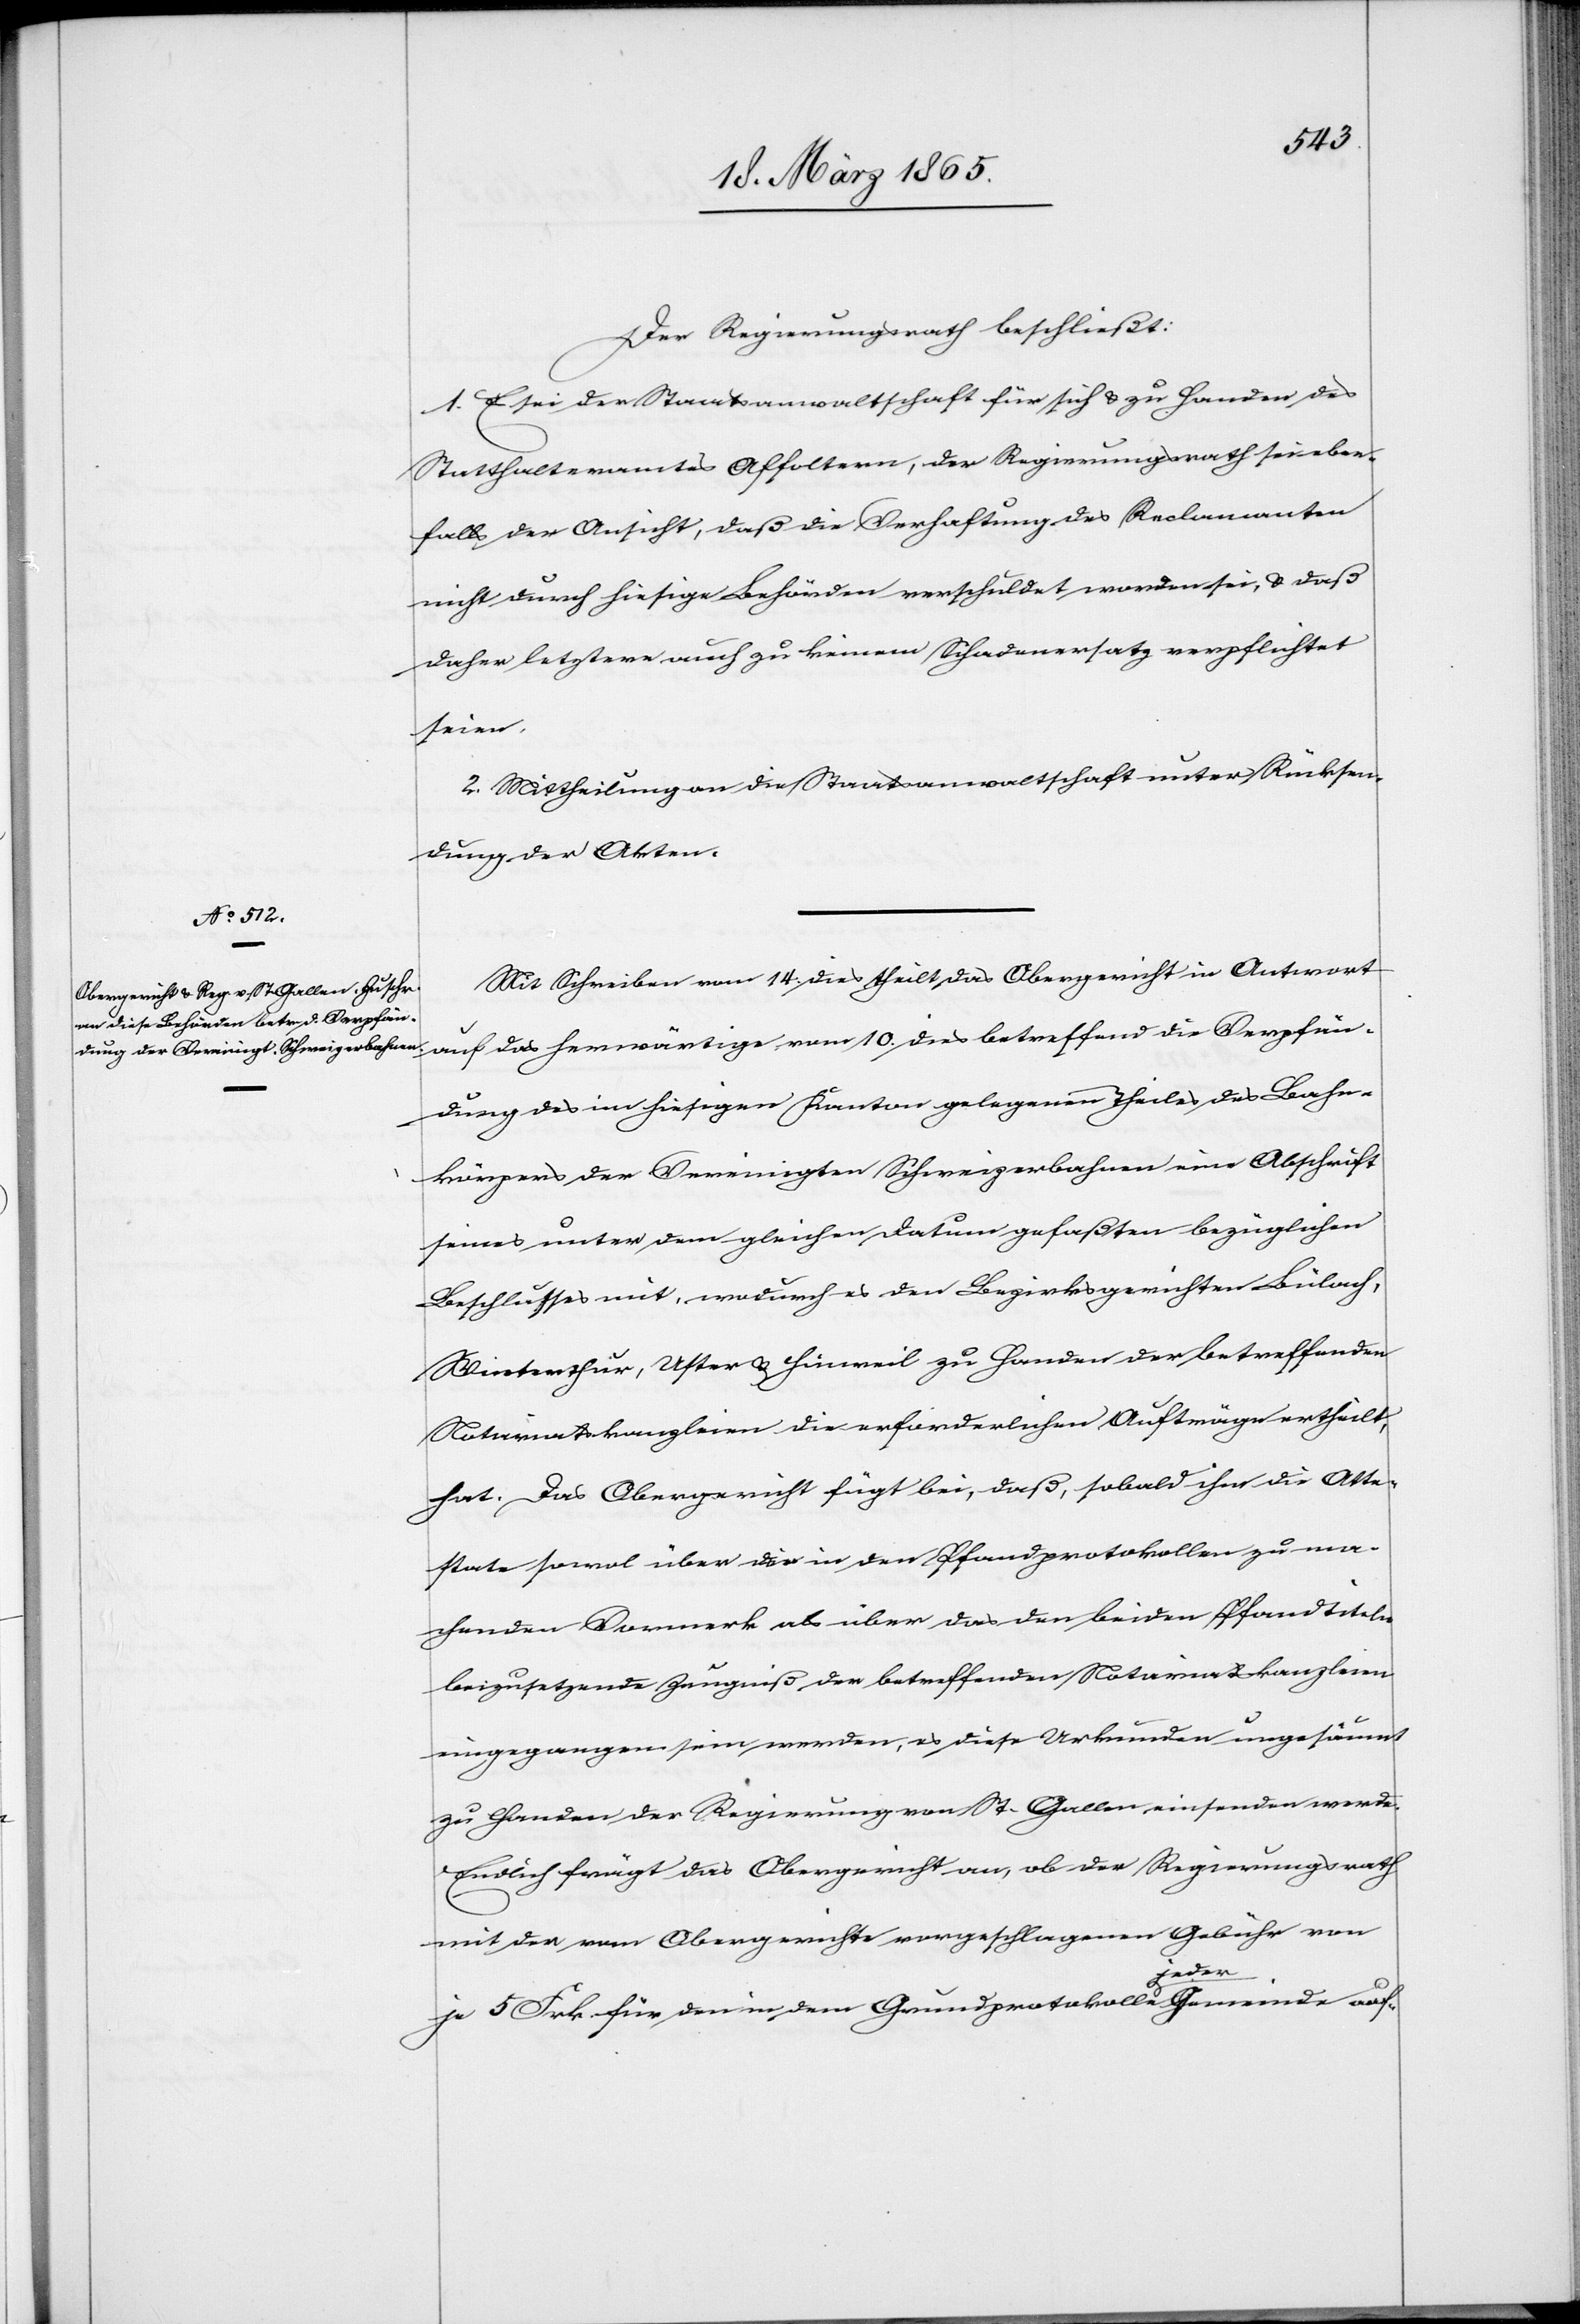
Der Regierungsrath beschließt:
1. Es sei der Staatsanwaltschaft für sich & zu Handen des
Statthalteramtes Affoltern [mitzutheilen], der Regierungsrath sei eben¬
falls der Ansicht, daß die Verhaftung des Reclamanten
nicht durch hiesige Behörden verschuldet worden sei, & daß
daher letztere auch zu keinem Schadenersatz verpflichtet
seien.
2. Mittheilung an die Staatsanwaltschaft unter Rücksen¬
dung der Akten.
Mit Schreiben vom 14. dies theilt das Obergericht in Antwort
auf das herwärtige vom 10. dies betreffend die Verpfän¬
dung des im hiesigen Kanton gelegenen Theiles des Bahn¬
körpers der Vereinigten Schweizerbahnen eine Abschrift
seines unter dem gleichen Datum gefaßten bezüglichen
Beschlusses mit, wodurch es den Bezirksgerichten Bülach,
Winterthur, Uster & Hinweil zu Handen der betreffenden
Notariatskanzleien die erforderlichen Aufträge ertheilt,
hat. Das Obergericht fügt bei, daß, sobald ihm die Atte¬
state sowol über die in den Pfandprotokollen zu ma¬
chenden Vormerk als über das den beiden Pfandtiteln
beizusetzende Zeugniß der betreffenden Notariatskanzleien
eingegangen sein werden, es diese Urkunden ungesäumt
zu Handen der Regierung von St. Gallen einsenden werde.
Endlich frägt das Obergericht an, ob der Regierungsrath
mit der vom Obergerichte vorgeschlagenen Gebühr von
je 5 Frk. für den in dem Grundprotokolle jeder Gemeinde auf-